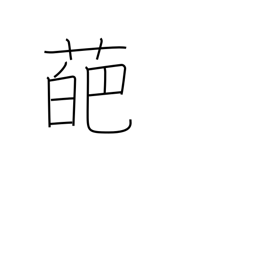
Meaning: petal